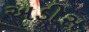
અડીસ